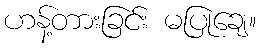
ဟန့်တားခြင်း မပြုချေ။